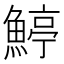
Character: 𩹇